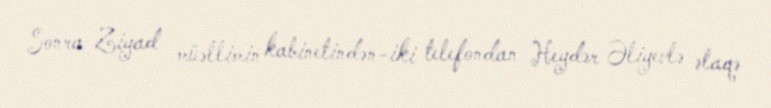
Sonra Ziyad müəllimin kabinetindən-iki telefondan Heydər Əliyevlə əlaqə